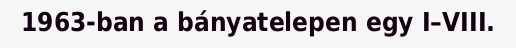
1963-ban a bányatelepen egy I–VIII.